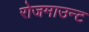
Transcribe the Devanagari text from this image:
रोजमाउन्ट